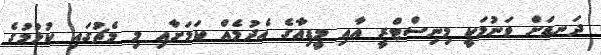
ދަނޑަށް ވަނުމަކީ މިނިސްޓްރީ އާއި މީޑިއާގެ އެދުމެއް ކަމަށާއި މި މެޗުގައި ކުޅުމުގެ